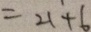
= 2 1 + 6